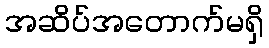
အဆိပ်အတောက်မရှိ